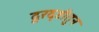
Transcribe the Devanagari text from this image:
दूरदृष्टीतुन